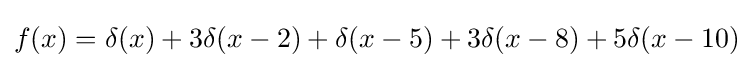
f(x)=\delta (x)+3\delta (x-2)+\delta (x-5)+3\delta (x-8)+5\delta (x-10)